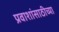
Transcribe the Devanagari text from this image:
प्रवाशांसाठीच्या